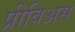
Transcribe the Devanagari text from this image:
प्रीविअस